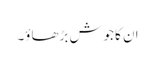
ان کا جوش بڑھاؤ۔